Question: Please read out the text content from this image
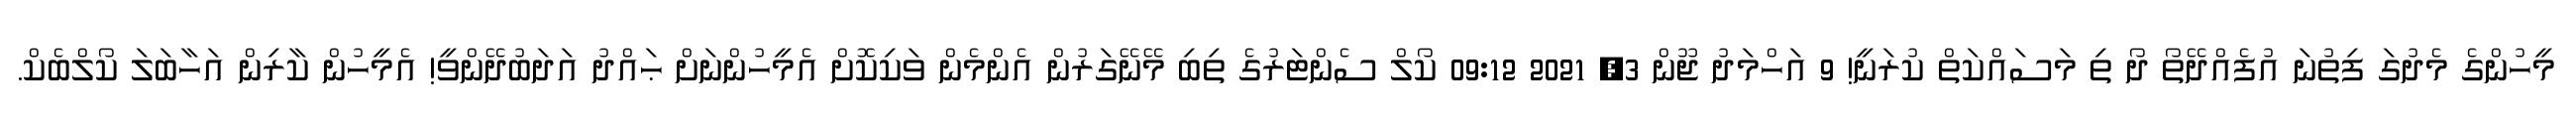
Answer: މީހުންގެ މެދުގަ ފިތުނަ އުފެއްދޭތޯ ދޯ ތި މަސައްކަތް ކުރަނީ! 9 އަހްމަދު ޖޫން 3, 2021 09:12 ކޯލް ސެންޓަރުގެ ތިބި މޭނޭގަރުން އެންމެން ވަކިކޮށް އެމީހުންނަށް ޙައްދު އަދަބުދޭންވީ! އެމީހުން ކާރިން އަހާބަލަ ކޯލްބެކް.